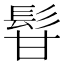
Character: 𩬚